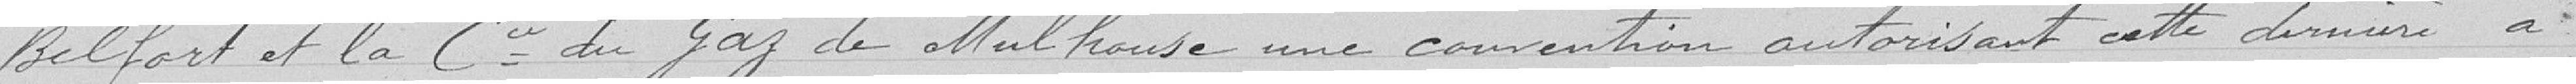
Belfort et la Compagnie du Gaz de Mulhouse, une convention autorisant cette dernière à